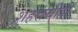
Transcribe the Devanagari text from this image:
शहराचीही